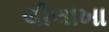
લીલાખા